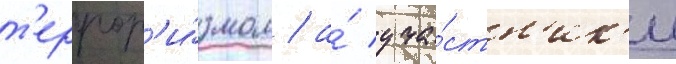
т'еррор'и́змом / а́ уча́стн'ик'и